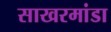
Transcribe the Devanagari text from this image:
साखरमांडा